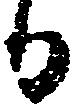
る